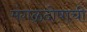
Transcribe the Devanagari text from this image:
मंगळदोषाची